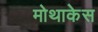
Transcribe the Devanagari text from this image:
मोथाकेस